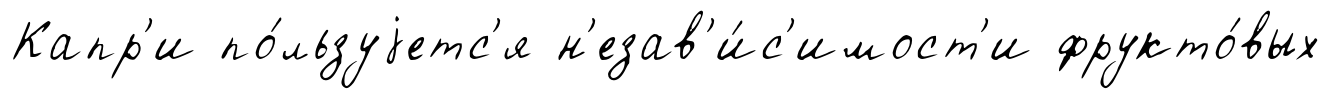
Капр'и по́льзуjетс'я н'езав'и́с'имост'и фрукто́вых